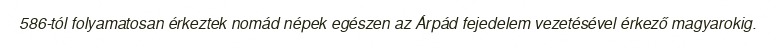
586-tól folyamatosan érkeztek nomád népek egészen az Árpád fejedelem vezetésével érkező magyarokig.